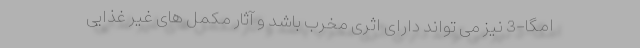
امگا-3 نیز می تواند دارای اثری مخرب باشد و آثار مکمل های غیر غذایی